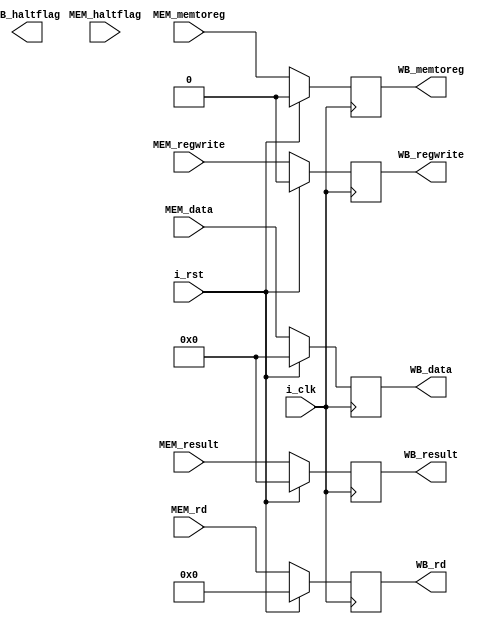
`timescale 1ns / 1ps

module MEM_WB_reg   #(
    parameter       NBITS   =   32      ,
    parameter       RBITS   =   5
)
(
    //Entradas
    input   wire    i_clk   ,       i_rst           ,
    input   wire    [NBITS-1:0]     MEM_result      ,   //Resultado de la ALU
    input   wire    [RBITS-1:0]     MEM_rd          ,   //Nombre del registro destino
    input   wire    [NBITS-1:0]     MEM_data        ,   //Datos de la memoria
    input   wire    MEM_regwrite,   MEM_memtoreg    ,
                                    MEM_haltflag    ,
    //Salidas
    output  reg     [NBITS-1:0]     WB_result       ,   //Resultado de la ALU
    output  reg     [RBITS-1:0]     WB_rd           ,   //Nombre del registro destino
    output  reg     [NBITS-1:0]     WB_data         ,   //Datos de la memoria
    output  reg     WB_regwrite,    WB_memtoreg     ,
                                    WB_haltflag
);

always  @(posedge i_clk)
    begin
        if  (i_rst)
        begin
            WB_result       <=      32'b0           ;
            WB_data         <=      32'b0           ;
            WB_rd           <=      5'b0            ;
            WB_regwrite     <=      0               ;
            WB_memtoreg     <=      0               ;
        end
        else
        begin
            WB_result       <=      MEM_result      ;
            WB_data         <=      MEM_data        ;
            WB_rd           <=      MEM_rd          ;
            WB_regwrite     <=      MEM_regwrite    ;
            WB_memtoreg     <=      MEM_memtoreg    ;
        end
    end

endmodule